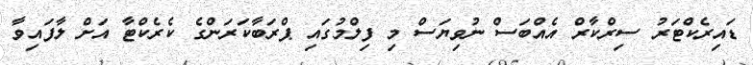
ޑައިރެކްޓަރު ސިރްކާރް އެއްބަސް ނުވިޔަސް މި ފިލްމުގައި ޕްރަބާކަރަންގެ ކެރެކްޓާ އަށް ލާފައިވާ